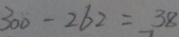
3 0 0 - 2 6 2 = 3 8